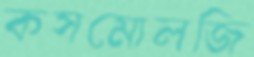
কসমোলজি